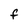
Character: F